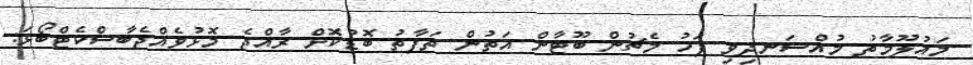
މައުލޫމާތު މުއްސަނދިވި ފަހު މެޗުން ބޫޓާން އަތުން ތަފާތު ބޮޑުކޮށް ރާއްޖެ މޮޅުވެއްޖެބާސްކެޓްބޯޅަ: